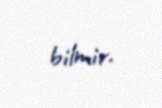
bilmir.